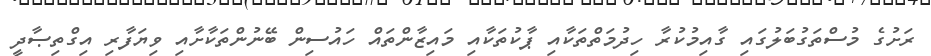
ރަށުގެ މުސްތަގުބަލުގައި ގާއިމުކުރާ ހިދުމަތްތަކާއި ޕާކުތަކާއި މައިޒާންތައް ހައުސިން ބޭނުންތަކާށާއި ވިޔަފާރި އިގްތިޞާދީ